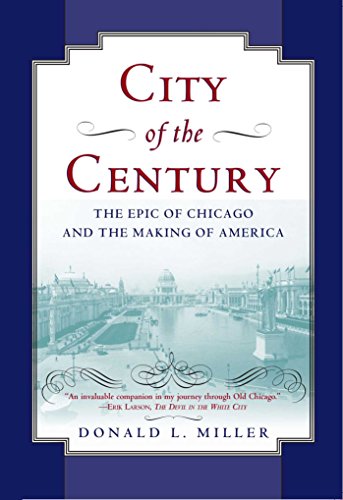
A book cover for City of the Century: The Epic of Chicago and the Making of America; Donald L. Miller; Biographies & Memoirs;